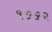
૧૬૬૨